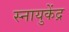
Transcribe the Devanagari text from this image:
स्नायुकेंद्र